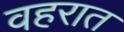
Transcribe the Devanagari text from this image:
वहरात